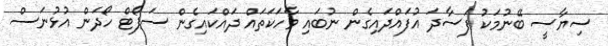
ސިޔާސީ ބޭނުމަކު ފަސާދަ އުފައްދައިގެން ނުބައި ވާހަކަތައް ދައްކައިގެން ސަޕޯޓް ހޯދަން އުޅުނަސް